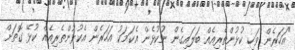
"އަހަރެން ވަކި ކުޅުންތެރިއެއް ބަލައިގެން ނުކުޅެން އެކަމަކު އަހަރެން އެކުޅުންތެރިއެއް ކުޅޭ ގޮތަށް